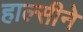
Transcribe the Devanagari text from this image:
हाल्सीने